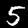
Digit: 5